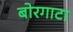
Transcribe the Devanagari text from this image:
बोरगाटा